Indian journal of veterinary science and animal husbandry - Volume 3,
Year: 1933
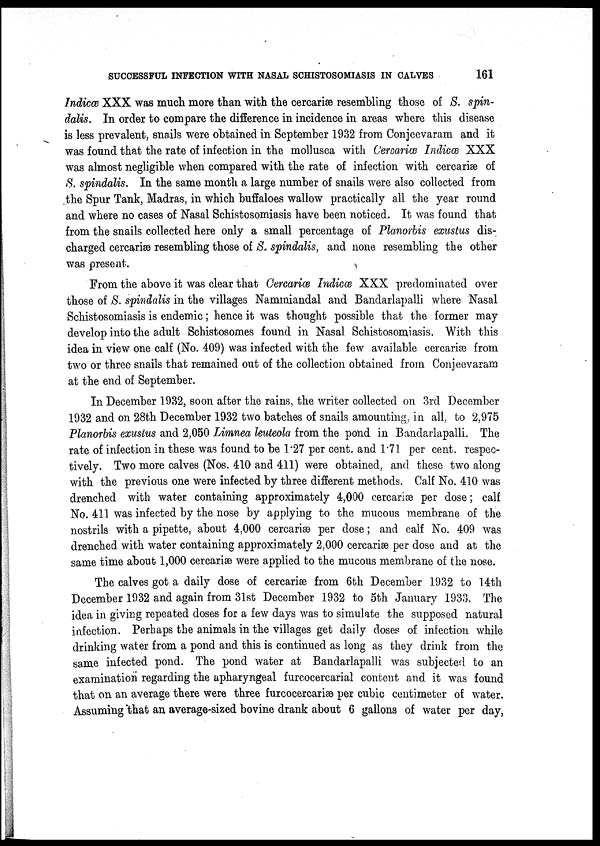
SUCCESSFUL INFECTION WITH NASAL SCHISTOSOMIASIS IN CALVES
161
Indicæ XXX was much more than with the cercariæ resembling those of S. spin¬
dalis. In order to compare the difference in incidence in areas where this disease
is less prevalent, snails were obtained in September 1932 from Conjeevaram and it
was found that the rate of infection in the mollusca with Ceroariæ Indicæ XXX
was almost negligible when compared with the rate of infection with cercariæ of
S. spindalis. In the same month a large number of snails were also collected from
the Spur Tank, Madras, in which buffaloes wallow practically all the year round
and where no cases of Nasal Schistosomiasis have been noticed. It was found that
from the snails collected here only a small percentage of Planorbis exustus dis-
charged cercariæ resembling those of S. spindalis, and none resembling the other
was present.
From the above it was clear that Cercariæ Indicæ XXX predominated over
those of S. spindalis in the villages Nammiandal and Bandarlapalli where Nasal
Schistosomiasis is endemic; hence it was thought possible that the former may
develop into the adult Schistosomes found in Nasal Schistosomiasis. With this
idea in view one calf (No. 409) was infected with the few available cercariæ from
two or three snails that remained out of the collection obtained from Conjeevaram
at the end of September.
In December 1932, soon after the rains, the writer collected on 3rd December
1932 and on 28th December 1932 two batches of snails amounting, in all, to 2,975
Planorbis exustus and 2,050 Limnea leuteola from the pond in Bandarlapalli. The
rate of infection in these was found to be 1.27 per cent. and 1.71 per cent. respec-
tively. Two more calves (Nos. 410 and 411) were obtained, and these two along
with the previous one were infected by three different methods. Calf No. 410 was
drenched with water containing approximately 4,000 cercariæ per dose; calf
No. 411 was infected by the nose by applying to the mucous membrane of the
nostrils with a pipette, about 4,000 cercariæ per dose; and calf No. 409 was
drenched with water containing approximately 2,000 cercariæ per dose and at the
same time about 1,000 cercariæ were applied to the mucous membrane of the nose.
The calves got a daily dose of cercariæ from 6th December 1932 to 14th
December 1932 and again from 31st December 1932 to 5th January 1933. The
idea in giving repeated doses for a few days was to simulate the supposed natural
infection. Perhaps the animals in the villages get daily doses of infection while
drinking water from a pond and this is continued as long as they drink from the
same infected pond. The pond water at Bandarlapalli was subjected to an
examination regarding the apharyngeal furcocercarial content and it was found
that on an average there were three furcocercariæ per cubic centimeter of water.
Assuming that an average-sized bovine drank about 6 gallons of water per day,